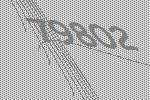
79802